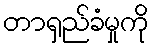
တာရှည်ခံမှုကို